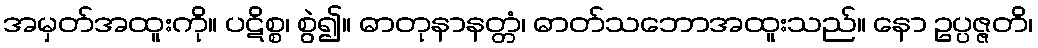
အမှတ်အထူးကို။ ပဋိစ္စ၊ စွဲ၍။ ဓာတုနာနတ္တံ၊ ဓာတ်သဘောအထူးသည်။ နော ဥပ္ပဇ္ဇတိ၊